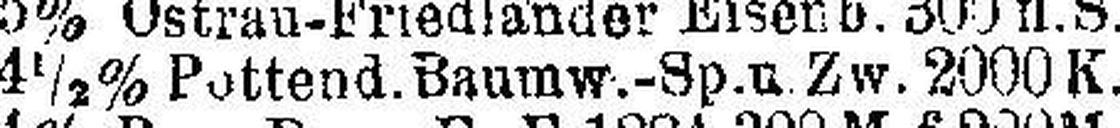
4½% Pottend. Baumw.-Sp. u Zw. 2000 K.